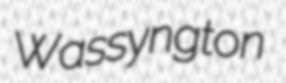
Wassyngton